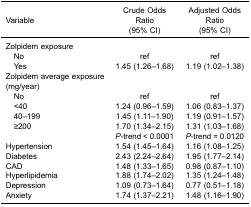
<table><thead><tr><td><b>Variable</b></td><td><b>Crude OddsRatio(95% CI)</b></td><td><b>Adjusted OddsRatio(95% CI)</b></td></tr></thead><tbody><tr><td>Zolpidem exposure</td><td> </td><td> </td></tr><tr><td> No</td><td>ref</td><td>ref</td></tr><tr><td> Yes</td><td>1.45 (1.26–1.68)</td><td>1.19 (1.02–1.38)</td></tr><tr><td>Zolpidem average exposure (mg/year)</td><td> </td><td> </td></tr><tr><td> No</td><td>ref</td><td>ref</td></tr><tr><td> &lt;40</td><td>1.24 (0.96–1.59)</td><td>1.06 (0.83–1.37)</td></tr><tr><td> 40–199</td><td>1.45 (1.11–1.90)</td><td>1.19 (0.91–1.57)</td></tr><tr><td> ≥200</td><td>1.70 (1.34–2.15)</td><td>1.31 (1.03–1.68)</td></tr><tr><td> </td><td><i>P</i>-trend &lt; 0.0001</td><td><i>P</i>-trend = 0.0120</td></tr><tr><td>Hypertension</td><td>1.54 (1.45–1.64)</td><td>1.16 (1.08–1.25)</td></tr><tr><td>Diabetes</td><td>2.43 (2.24–2.64)</td><td>1.95 (1.77–2.14)</td></tr><tr><td>CAD</td><td>1.48 (1.33–1.65)</td><td>0.98 (0.87–1.10)</td></tr><tr><td>Hyperlipidemia</td><td>1.88 (1.74–2.02)</td><td>1.35 (1.24–1.48)</td></tr><tr><td>Depression</td><td>1.09 (0.73–1.64)</td><td>0.77 (0.51–1.18)</td></tr><tr><td>Anxiety</td><td>1.74 (1.37–2.21)</td><td>1.48 (1.16–1.90)</td></tr></tbody></table>